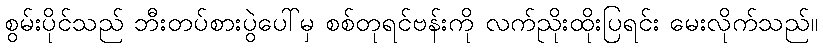
စွမ်းပိုင်သည် ဘီးတပ်စားပွဲပေါ်မှ စစ်တုရင်ဗန်းကို လက်ညိုးထိုးပြရင်း မေးလိုက်သည်။